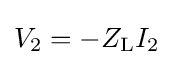
V_{2}=-Z_{\mathrm {L} }I_{2}